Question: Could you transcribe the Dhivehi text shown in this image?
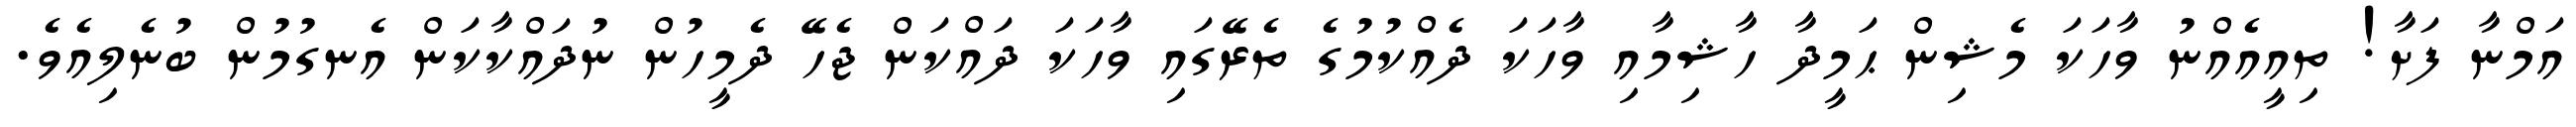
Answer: އަމްނާ ފަށާ! ތިއީއެއްނު ވާހަކަ މެޝިން ޙަމީދާ ހާޝިމާއި ވާހަކަ ދެއްކުމުގެ ތެރޭގައި ވާހަކަ ދައްކަން ޖެހޭ ދެމީހުން ނުދައްކާކަން އެނގުމުން ބުނެލިއެވެ.